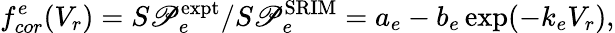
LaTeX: f_{cor}^{e}(V_{r})=S\mathscr{P}_{e}^{\mathrm{{expt}}}/S\mathscr{P}_{e}^{\mathrm{{SRIM}}}=a_{e}-b_{e}\exp(-k_{e}V_{r}),